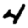
Digit: 4